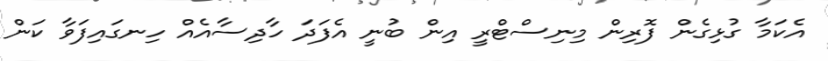
އެކަމާ ގުޅިގެން ފޮރިން މިނިސްޓްރީ އިން ބުނީ އެފަދަ ހާދިސާއެއް ހިނގައިފަވާ ކަން